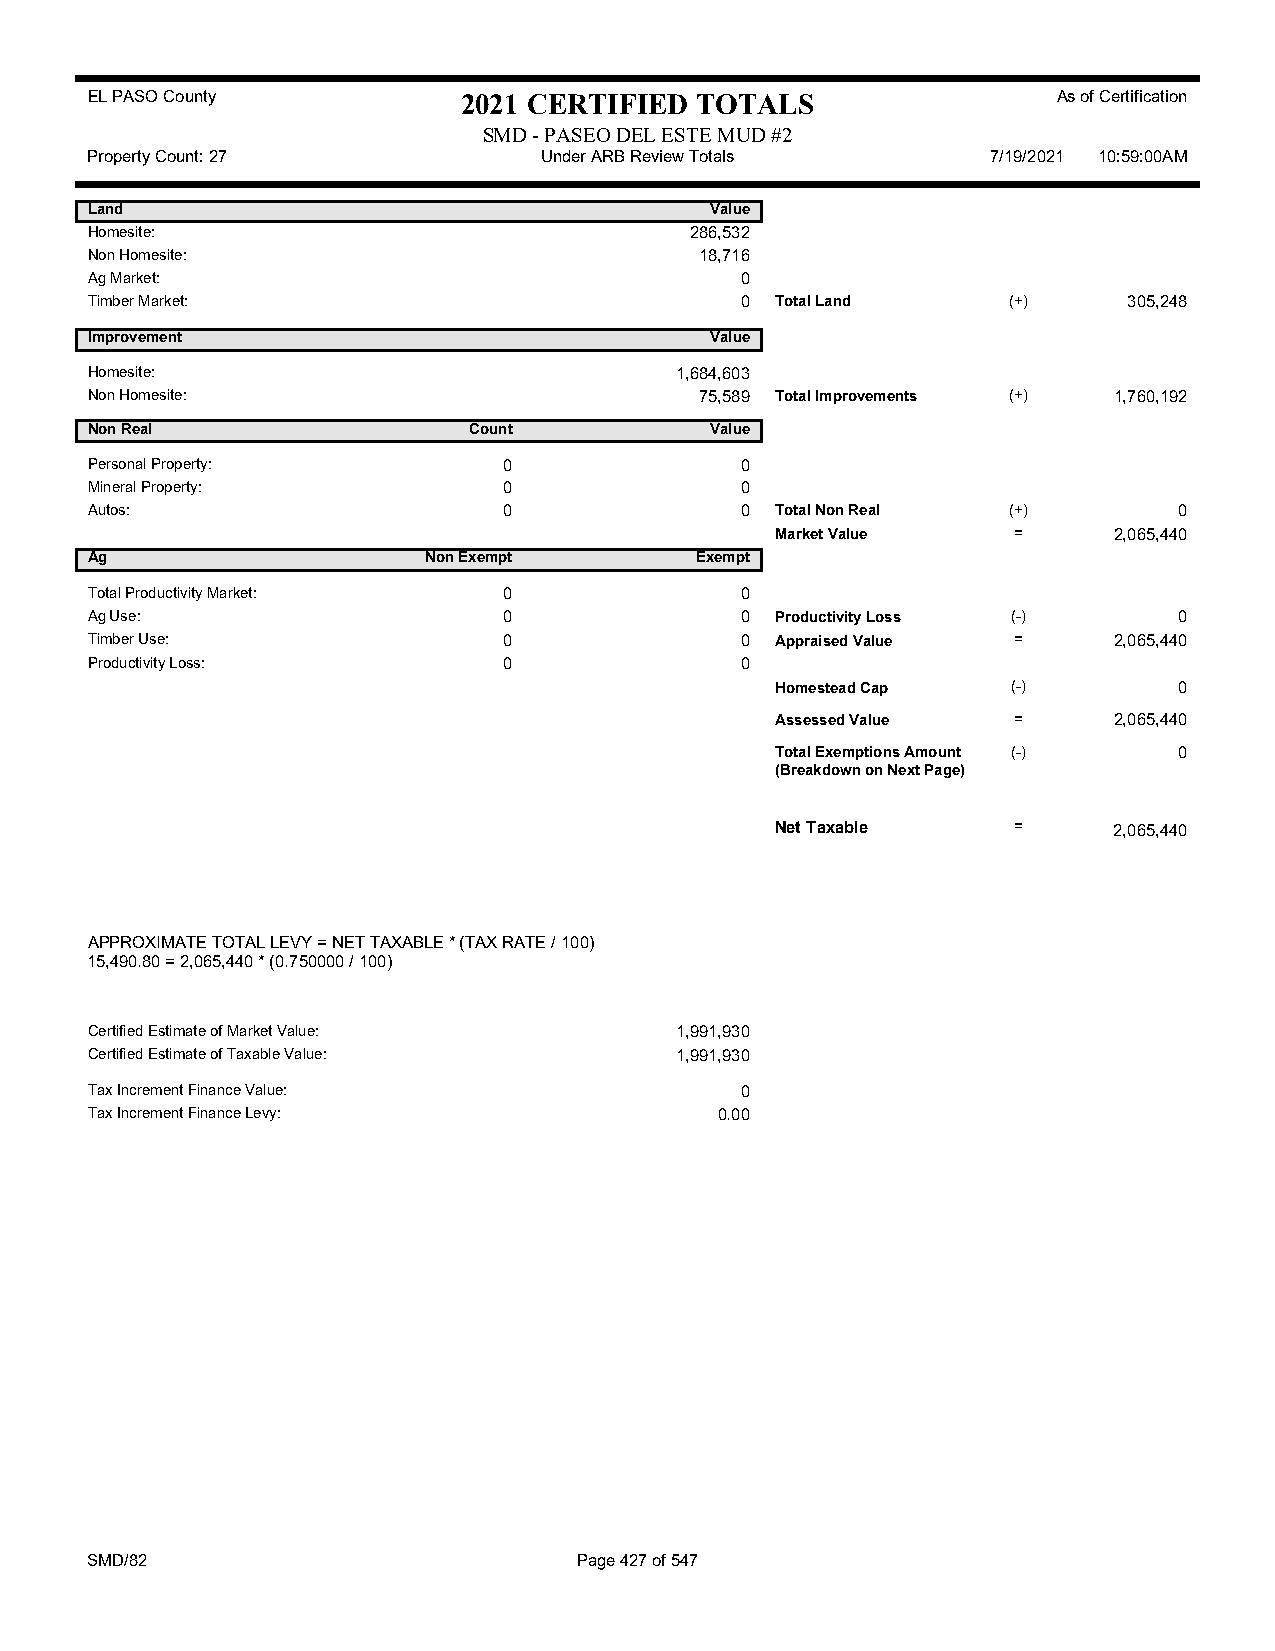
EL PASO County           2021 CERTIFIED TOTALS                  As of Certification
 SMD - PASEO DEL ESTE MUD #2
 Property Count: 27            Under ARB Review Totals       7/19/2021 10:59:00AM
 Land                                     Value
 Homesite:                               286,532
 Non Homesite:                           18,716
 Ag Market:                                 0
 Timber Market:                             0 Total Land      (+)     305,248
 Improvement                              Value
 Homesite:                              1,684,603
 Non Homesite:                           75,589 Total Improvements (+) 1,760,192
 Non Real                 Count           Value
 Personal Property:         0               0
 Mineral Property:          0               0
 Autos:                     0               0 Total Non Real  (+)        0
 Market Value    =      2,065,440
 Ag                    Non Exempt        Exempt
 Total Productivity Market: 0               0
 Ag Use:                    0               0 Productivity Loss (-)      0
 Timber Use:                0               0 Appraised Value =      2,065,440
 Productivity Loss:         0               0
 Homestead Cap   (-)        0
 Assessed Value  =      2,065,440
 Total Exemptions Amount (-) 0
 (Breakdown on Next Page)
 Net Taxable     =      2,065,440
 APPROXIMATE TOTAL LEVY = NET TAXABLE * (TAX RATE / 100)
 15,490.80 = 2,065,440 * (0.750000 / 100)
 Certified Estimate of Market Value:    1,991,930
 Certified Estimate of Taxable Value:   1,991,930
 Tax Increment Finance Value:               0
 Tax Increment Finance Levy:               0.00
 SMD/82                          Page 427 of 547